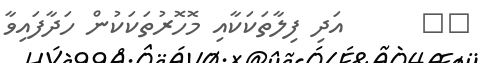
١٣      އަދި ފިލާތަކަކާއި މޮހޮރުތަކަކުން ހަދާފައިވާ